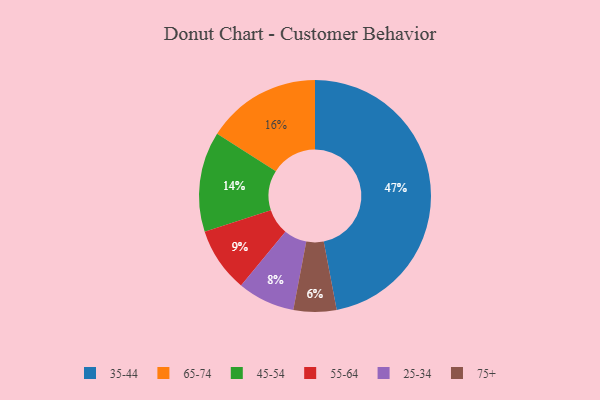
{"axis": {"x": "Category", "y": "Percentage"}, "legend": ["25-34", "35-44", "45-54", "55-64", "65-74", "75+"], "data": [{"x": "75+", "y": 6, "type": "75+"}, {"x": "35-44", "y": 47, "type": "35-44"}, {"x": "55-64", "y": 9, "type": "55-64"}, {"x": "65-74", "y": 16, "type": "65-74"}, {"x": "25-34", "y": 8, "type": "25-34"}, {"x": "45-54", "y": 14, "type": "45-54"}]}